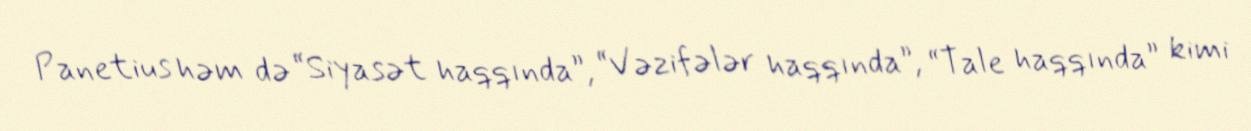
Panetius həm də “Siyasət haqqında”, “Vəzifələr haqqında”, “Tale haqqında” kimi